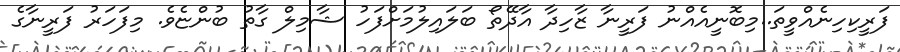
ފަރީކިހިނެއްވީތަ..މިބޮނީއެއްނު ފަރީނާ ޒާހިދާ އާދޭތޯ ބަލައިލުމަށްފަހު ޝާމިލް ގާތު ބުންޏެވެ. މިފަހަރު ފަރީނާގެ